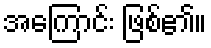
အကြောင်း ဖြစ်၏။